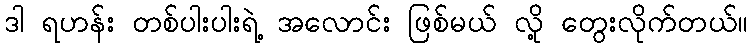
ဒါ ရဟန်း တစ်ပါးပါးရဲ့ အလောင်း ဖြစ်မယ် လို့ တွေးလိုက်တယ်။